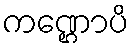
ကဏ္ဌောပိ